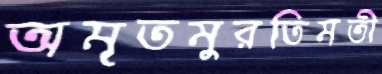
অমৃতমুরতিমতী